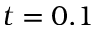
t = 0 . 1